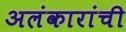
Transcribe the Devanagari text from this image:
अलंकारांची